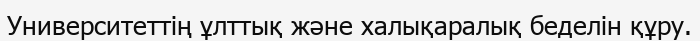
Университеттің ұлттық және халықаралық беделін құру.